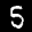
Label: 5